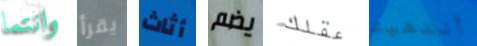
وانتما يقرأ أثاث يضم عقلك أنتهيت